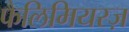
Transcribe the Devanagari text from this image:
फैलिमियरज़